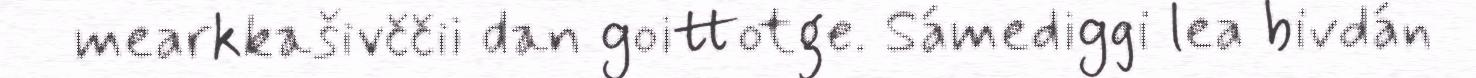
mearkkašivččii dan goittotge. Sámediggi lea bivdán